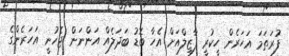
ފުރަތަމަ އަހަރެން ހީކުރީ ފާޒިލްއަށް އެހާ ބޮޑު ބަދަލެއް އަންނަން ޖެހުނީ އަހަރެންގެ